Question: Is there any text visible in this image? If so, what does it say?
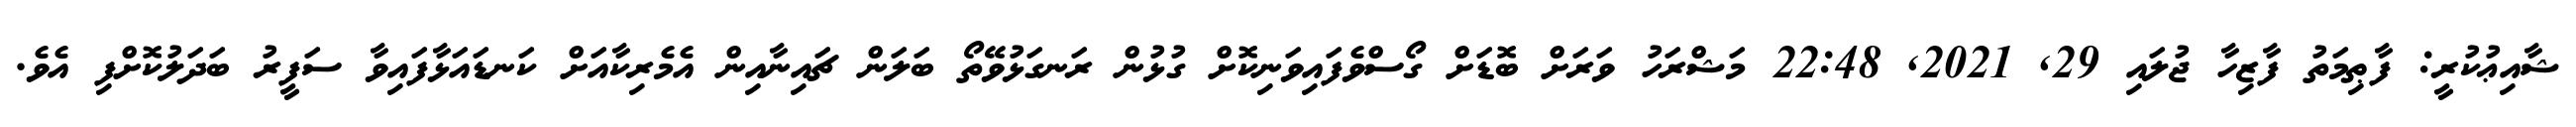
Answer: ޝާއިޢުކުރީ: ފާޠިމަތު ފާޒިހާ ޖުލައި 29, 2021, 22:48 މަޝްރަހު ވަރަށް ބޮޑަށް ގޯސްވެފައިވަނިކޮށް ގުޅުން ރަނގަޅުވޭތޯ ބަލަން ޗައިނާއިން އެމެރިކާއަށް ކަނޑައަޅާފައިވާ ސަފީރު ބަދަލުކޮށްފި އެވެ.